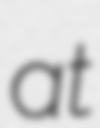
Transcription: at